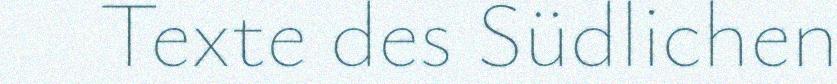
Texte des Südlichen